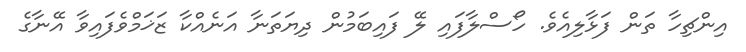
އިންޗިހާ ތަން ފަޅާލިއެވެ. ހޯސްލާފައި ލޭ ފައިބަމުން ދިޔަތަނާ އަނެއްކާ ޒަޚަމްވެފައިވާ އޭނާގެ